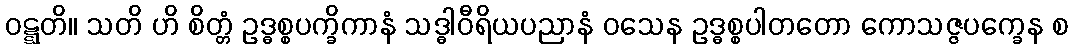
ဝဋ္ဋတိ။ သတိ ဟိ စိတ္တံ ဥဒ္ဓစ္စပက္ခိကာနံ သဒ္ဓါဝီရိယပညာနံ ဝသေန ဥဒ္ဓစ္စပါတတော ကောသဇ္ဇပက္ခေန စ